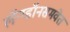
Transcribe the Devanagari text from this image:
लॅन्ग्डॉनसमवेत